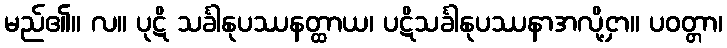
မည်၏။ လ။ ပုဋိ သင်္ခါနုပဿနတ္ထာယ၊ ပဋိသင်္ခါနုပဿနာအလို့ငှာ။ ပဝတ္တာ၊